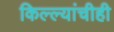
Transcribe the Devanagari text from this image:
किल्ल्यांचीही